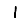
Digit: 1